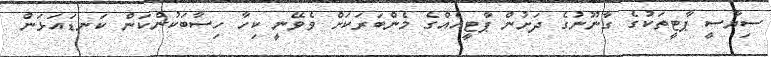
ސިޔާސީ ޕާޓީތަކުގެ ގާނޫނުގެ ދަށުން ޕާޓީއެއްގެ މެންބަރަކަށް ވެވޭނީ ކިހާ ހިސާބަކުންކަން ކަނޑައަޅަން